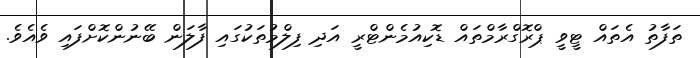
ތަފާތު އެތައް ޓީވީ ޕްރޮގްރާމްތައް ޑޮކިއުމެންޓްރީ އަދި ފިލްމުތަކުގައި ފާލަން ބޭނުންކޮށްފައި ވެއެވެ.